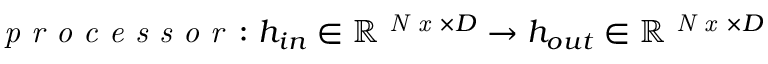
\textit { p r o c e s s o r } \colon h _ { i n } \in \mathbb { R } ^ { \textit { N x } \times D } \to h _ { o u t } \in \mathbb { R } ^ { \textit { N x } \times D }